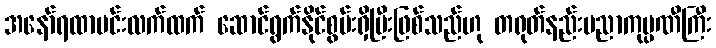
အနော်ရထာမင်းလက်ထက် ဆောင်ရွက်နိုင်စွမ်းရှိပြီးဖြစ်သည်ဟု တရုတ်နည်းပညာကုမ္ပဏီကြီး